Lunatic asylums Madras 1892-1911 - 1892-1911
Year: 1892
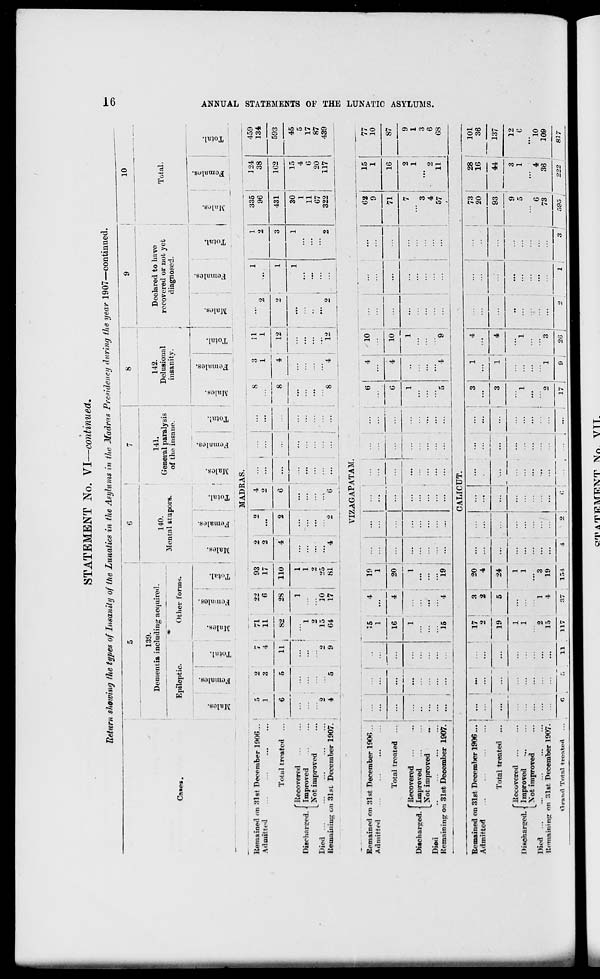
STATEMENT No. VI—continued.
Return showing the types of Insanity of the Lunatics in the Asylums in the Madras Presidency during the year 1907—continued.
C»«PB.
Remained on 31 sf December 1900...
Admitted
...
Total treated ...
{Recovered
Improved
Not improved
Died
Hemainiug on 31st December 1907.
139.
Dementia incl ading acquired.
_____
Ment
140.
il srupors.
Epileptic.
Ofcl ev l'orir s.
DO
CD
_
2 i
Males.
Females.
c
r-
o
50
co
I
, Females.
"3
o
E-i
MADE
r>
2
7
71
22
93
2
2 1
4
1
3
4
11
11
S2 ■
fi
17
2
I
2
6
6
28 • 110
4
2
6
...
...
"l |
1
1
1
...
2 i
2
2
•>
15
10 |
25
4
5
9
64
17 i
81 |
4
2
6
141.
General paralysis
of the insane.
8
142.
Delusional
insanity.
10
Declaimed to have
recovered or not yet
diagnosed.
Total,
1
.
co
CJ
CJ
IS
a.
d
V
CS
■ 1
CO
fa
; Tot
a
_—i
3
fa
CO
c
as
s
e.
CO
o
fa
EH
■
____
— —
—
S
3
n
1
1
...
1
»
2
...
2
8
4
12
2
1
3
...
1
1
...
...
...
••
...
:::
...
8
4
12
•>
2
335
96
124
38
431
162
30
11
07
322
20
117
Kemained on 31st December 1906 ..
Admitted
Total treated ...
'Recovered ...
• Improved
Not improved
Died
Hemainine on 3let December 1907.
Discharged.
15
1
4
19
1
16
4
20
VIZAGAPATAM.
15
19
10
10
459
134
593
45
17
87
439
62
15
77
...
9
1
10
...
71
16
87
7
2
9
.
1
1
3
3
4
2
6
57
11
68
CALICUT.
Remained on 318t December 1906 ... i ...
Admitted
...
...
...
... \
...
17 ;
2 .
19
1
1
2
15
3
2
5
20 |
4 ;
...
3
t
...
1
1
4
...
...
73
20
28
16
101
36
Total treated
...
24
... I
3
4
"'
93
44
137
fRecovered ...
Itischarced. \ Improved
...
LNot improved
Died
Remaining on 31sr December 1907.
...
1
4
1
1
3
...
...
19
...
1
...
"2
1
3
"
...
9
5
6
73
3
1
' 4
36
12
0
10
109
I__tt__il Total treated ...
6
11
117
37
154
4
2
C | ... i ... . ... .
17 1
9 |
2G
2
1 ;
3
~>9?>
222
817
CT>
►
f
£0
H
>
K
H
CO
H
CO
Kj
fc<
CO
P/PAT"B!M"fi."NrT Nn. VTT.